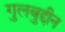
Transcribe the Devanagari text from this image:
गुलबुद्दीन